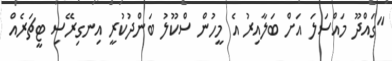
"ގައްދޫ މައްސަލަ އަށް ބަލާއިރު އެ މީހުން ސްކޫލު ބަންދުކުރީ އިނގިރޭސި ޓީޗަރެއް